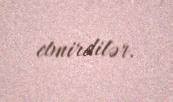
etmirdilər.